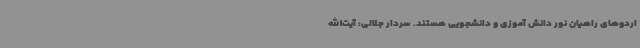
اردوهای راهیان نور دانش آموزی و دانشجویی هستند. سردار جلالی: آیت‌الله